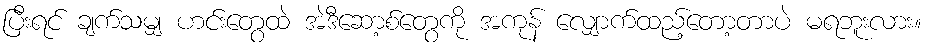
ပြီးရင် ချက်သမျှ ဟင်းတွေထဲ အဲဒီဆော့စ်တွေကို အကုန် လျှောက်ထည့်တော့တာပဲ မရဘူးလား။